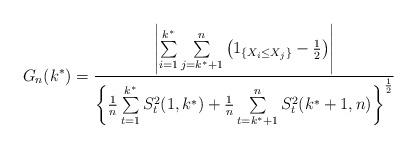
LaTeX: \begin{align*}G_n(k^*)=\frac{\left|\sum\limits_{i=1}^{k^*}\sum\limits_{j=k^*+1}^n\left(1_{\left\{X_i\leq X_j\right\}}-\frac{1}{2}\right)\right|}{\left\{\frac{1}{n}\sum\limits_{t=1}^{k^*}S_t^2(1, k^*)+\frac{1}{n}\sum\limits_{t=k^*+1}^nS_t^2(k^*+1, n)\right\}^{\frac{1}{2}}}\end{align*}